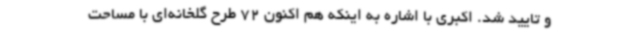
و تایید شد. اکبری با اشاره به اینکه هم اکنون 72 طرح گلخانه‌ای با مساحت